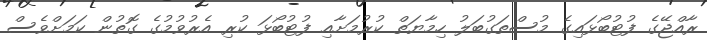
ރާއްޖޭގެ ފުޓުބޯޅައިގެ މުސްތަގުބަލު ހިމާޔަތް ކުރުމަށާއި ފުޓުބޯޅަ ކުރި އެރުވުމުގެ ގޮތުން ކަމަށްވެސް